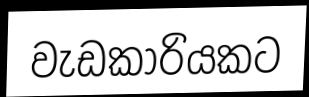
වැඩකාරියකට